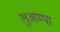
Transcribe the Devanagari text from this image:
लुआम्पा